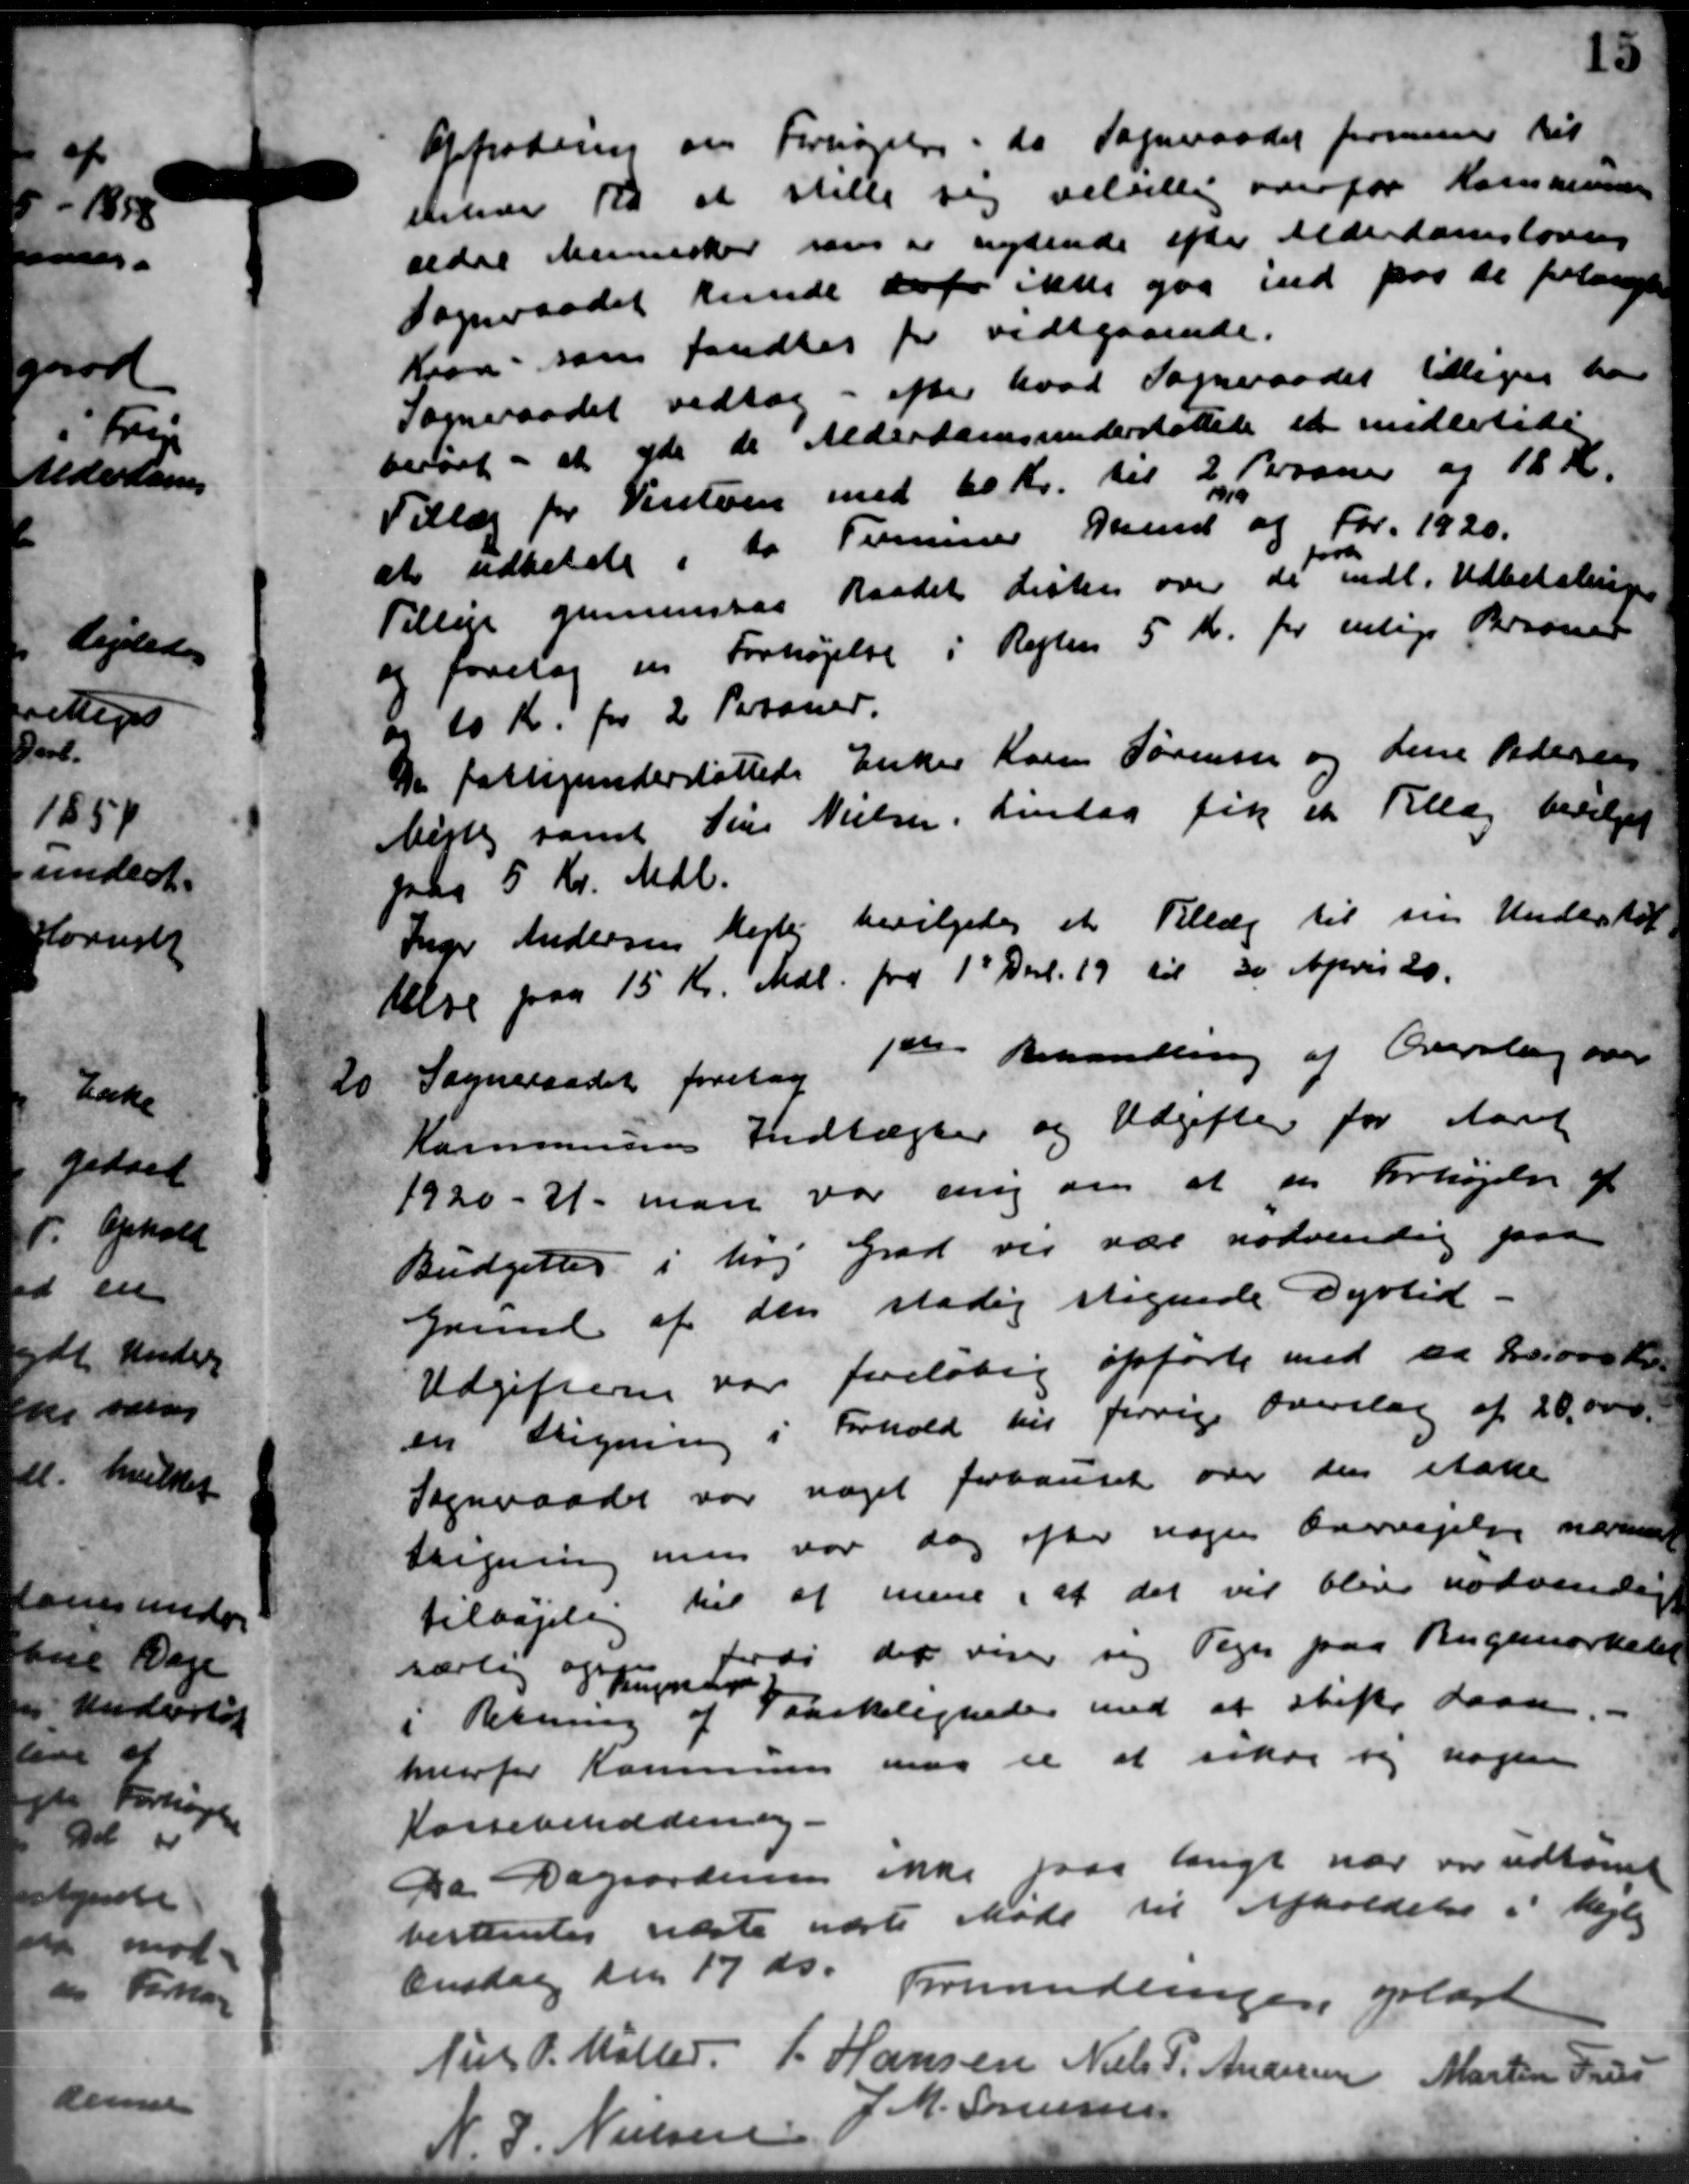
Transskription:
Opfrodering om Forsøgelse, da Sogneraadet formener til
etekær 10 at stille sig velvillig overfor Kommunen
ældre Munisker som er nydende efter Alderdomslovens
Sogneraadet kunde do fr ikke gaa ind paa de forlangte
Kjon, som fandtes for vedgaaende.
Sogneraadet vedtog - efter hvad Sogneraadet tilliger har
berørt i at yde de Alderdomsunderstøttede et midletide
Tillæg for Vinteen med 60 Kr. til 2 Kroner og 18 Kr.
at udkilde i to Timmer Grund og For 1920.
0
Tillige gennemsag Raadet Lister over de indl. Udbetalingen
og foretog en Forhøjelse i Reglen 5 Kr. for enlige Besaner
og 10 Kr. for 2 Personer.
De fattigunderstøttede Enker Karen Sørensen og Line Pedersen
Midte samt Sine Nielsen, Lindag fik et Tillæg bevilget
paa 5 Kr. Mdl.
Inger Andersen Mejle bevilgedes et Tillæg til sin Understøt-
telse paa 15 Kr. Mdl. fra 1' Del. 19 til 30 April 20.
20
Sogneraadet foretog 1ste Behandling af Overslag over
Kommunens Indtægter og Udgifter for Aaret
1920 - 31 man var enig om at en Forhøjelse af
Budgettes i høj Grad vil var nødvendig paa
Grund af den stadig stagende Dyrtid.
Udgifterne var foreløbig opførte med ca 30.000 Kr.
en Ligning i Forhold til forrige Overslag af 20.000.
Sogneraadet var noget forhandet over den etate
Stigning mer var dog efter nogen Overvejelse nærme
tilbagelig til at mene i at det vil blive nødvendig
særlig og  fordi det viser sig Tegn paa Rugunorkelet
i Retning af Fraskeligheder med at stifter Laan.
Tegnede
i Retning af Fraskeligheder med at stifter Laan.
hvorfor Kommunen maa et at sikre sig nogen
Kassebeholdning.
Da Dagsordene ikke faa langt har var udtomt
bestemtes sidste næste Møde til Afholdelse i Vejle
Onsdag den 17 ds.
Forhandlingen poldet
Niels P. Møller
P. Hansen
Niels P. Andersen
Martin Press
J.M. Sørensen
Nielsen